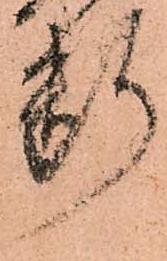
断